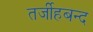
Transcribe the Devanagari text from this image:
तर्जीहबन्द